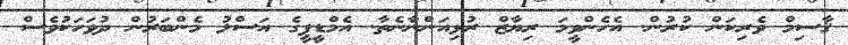
ޤާސިމް ވެރިކަން ކުރުން. އެހެންވީމަ ރިޔާޒް ރުޅިއަންނާނެތާ. އެމްޑީޕީގެ އަސްލު މެންބަރުން ދުވަހަކުވެސް